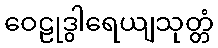
ဝေဠုဒွါရေယျသုတ္တံ